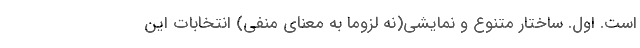
است. اول. ساختار متنوع و نمایشی(نه لزوما به معنای منفی) انتخابات این